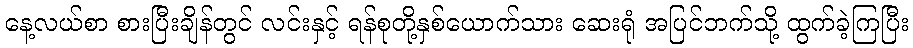
နေ့လယ်စာ စားပြီးချိန်တွင် လင်းနှင့် ရန်စုတို့နှစ်ယောက်သား ဆေးရုံ အပြင်ဘက်သို့ ထွက်ခဲ့ကြပြီး